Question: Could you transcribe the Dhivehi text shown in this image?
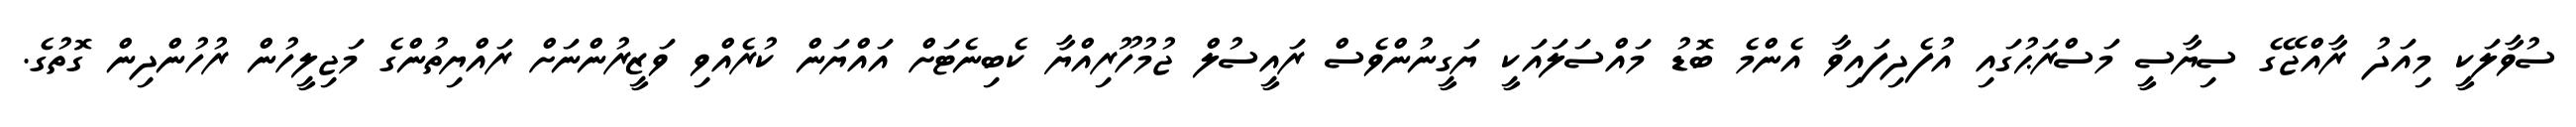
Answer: ސުވާލަކީ މިއަދު ރާއްޖޭގެ ސިޔާސީ މަސްރަޙުގައި އުފެދިފައިވާ އެންމެ ބޮޑު މައްސަލައަކީ ޔަގީނުންވެސް ރައީސުލް ޖުމުހޫރިއްޔާ ކެބިނެޓަށް އައްޔަން ކުރެއްވި ވަޒީރުންނަށް ރައްޔިތުންގެ މަޖިލީހުން ރުހުންދިން ގޮތުގެ.